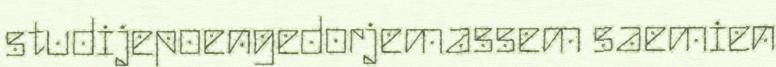
studijepoengedorjemassem saemien